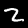
Label: 2